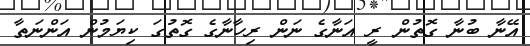
އޭނާ ބުނާ ގޮތުން ރީ އަނާގެ ނަން ރިހާނާގެ ގޮތުގަ ކިޔަމުން އަންނަތާ